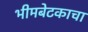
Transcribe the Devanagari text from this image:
भीमबेटकाचा